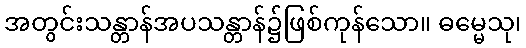
အတွင်းသန္တာန်အပသန္တာန်၌ဖြစ်ကုန်သော။ ဓမ္မေသု၊